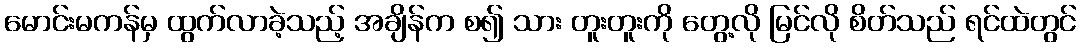
မောင်းမကန်မှ ထွက်လာခဲ့သည့် အချိန်က စ၍ သား တူးတူးကို တွေ့လို မြင်လို စိတ်သည် ရင်ထဲတွင်